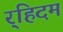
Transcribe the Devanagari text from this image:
र्‍हिदम